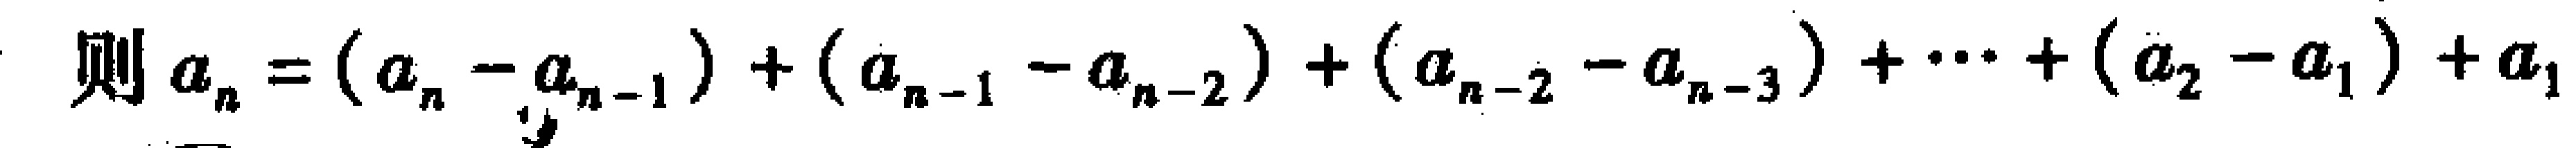
则\(a_{n}=(a_{n}-a_{n - 1})+(a_{n - 1}-a_{n - 2})+(a_{n - 2}-a_{n - 3})+\cdots+(a_{2}-a_{1})+a_{1}\)